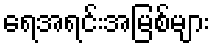
ရေအရင်းအမြစ်များ